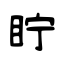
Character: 眝